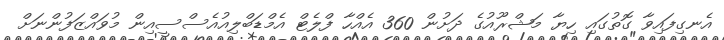
އެނގިފައިވާ ގޮތުގައި ހިޔާ މަޝްރޫއުގެ ދަށުން 360 އެއްހާ ފްލެޓް އެމްޑަބްލިއުއެސްސީއިން މުވައްޒަފުންނަށް